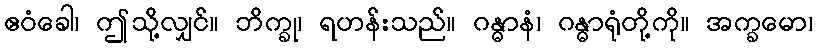
ဧဝံခေါ၊ ဤသို့လျှင်။ ဘိက္ခု၊ ရဟန်းသည်။ ဂန္ဓာနံ၊ ဂန္ဓာရုံတို့ကို။ အက္ခမော၊